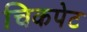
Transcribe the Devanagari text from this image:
चिकपेट